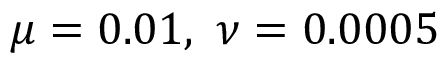
\mu = 0 . 0 1 , \ \nu = 0 . 0 0 0 5